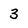
Character: 3